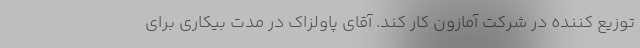
توزیع کننده در شرکت آمازون کار کند. آقای پاولزاک در مدت بیکاری برای